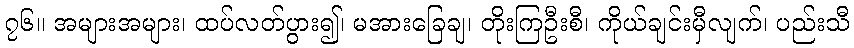
၇၆။ အများအများ၊ ထပ်လတ်ပွား၍၊ မအားခြေချ၊ တိုးကြဦးစီ၊ ကိုယ်ချင်းမှီလျက်၊ ပည်းသီ